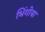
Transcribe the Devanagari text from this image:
भिंगोया